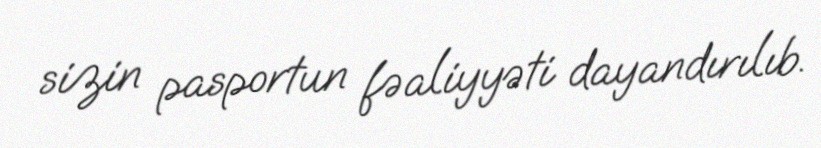
sizin pasportun fəaliyyəti dayandırılıb.